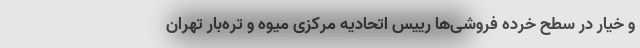
و خیار در سطح خرده فروشی‌ها رییس اتحادیه مرکزی میوه و تره‌بار تهران